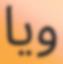
ويا